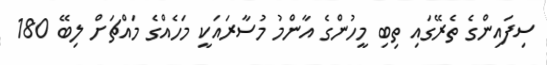
ސިފައިންގެ ތެރޭގައި ތިބި މީހުންގެ އާންމު މުސާރައަކީ މަހެއްގެ މައްޗަށް ލިބޭ 180